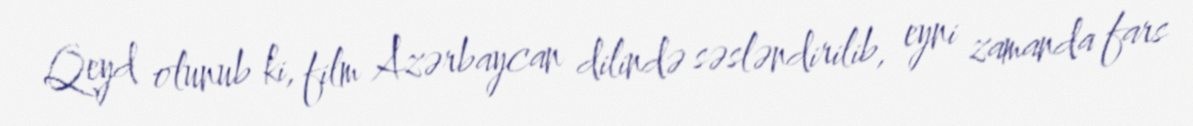
Qeyd olunub ki, film Azərbaycan dilində səsləndirilib, eyni zamanda fars